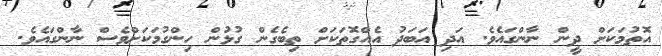
އޮތުމަކަށް ދީން ނާންގައެވެ. އަދި އަބަދު އެއްގޮތަކަށް ތިބެގެން ގުޅުން ހިންގުމަކަށްވެސް ނާންގައެވެ.